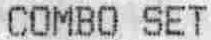
COMBO SET